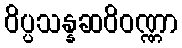
ဝိပ္ပသန္နဆဝိဝဏ္ဏာ